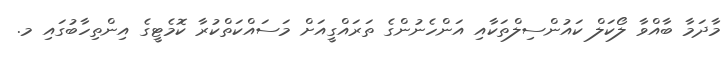
މާދަމާ ބާއްވާ ލޯކަލް ކައުންސިލްތަކާއި އަންހެނުންގެ ތަރައްގީއަށް މަސައްކަތްކުރާ ކޮމެޓީގެ އިންތިހާބުގައި މ.